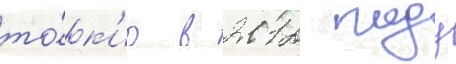
то́к'ио в 2012 году